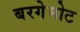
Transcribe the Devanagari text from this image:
बरगेमोट